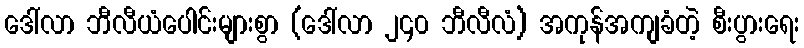
ဒေါ်လာ ဘီလီယံပေါင်းများစွာ (ဒေါ်လာ ၂၄၀ ဘီလီလံ) အကုန်အကျခံတဲ့ စီးပွားရေး